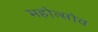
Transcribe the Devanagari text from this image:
महोत्सोव